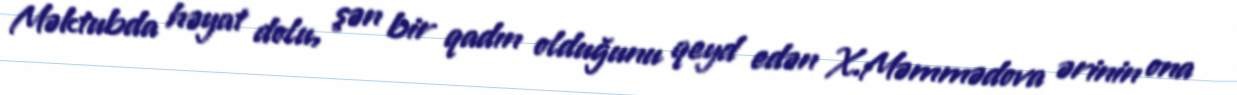
Məktubda həyat dolu, şən bir qadın olduğunu qeyd edən X.Məmmədova ərinin ona